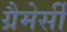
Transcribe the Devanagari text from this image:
ग्रैमेर्सी